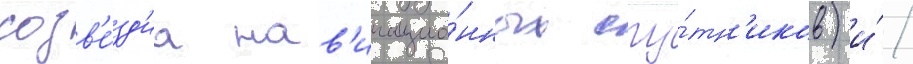
созв'е́зд'иа нав'игацио́нных спу́тн'иков) и́/